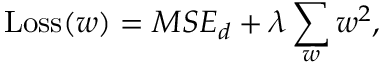
\operatorname { L o s s } ( w ) = M S E _ { d } + \lambda \sum _ { w } w ^ { 2 } ,